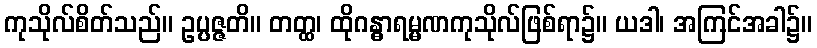
ကုသိုလ်စိတ်သည်။ ဥပ္ပဇ္ဇတိ။ တတ္ထ၊ ထိုဂန္ဓာရမ္မဏကုသိုလ်ဖြစ်ရာ၌။ ယဒါ၊ အကြင်အခါ၌။